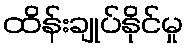
ထိန်းချုပ်နိုင်မှု